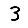
Digit: 3